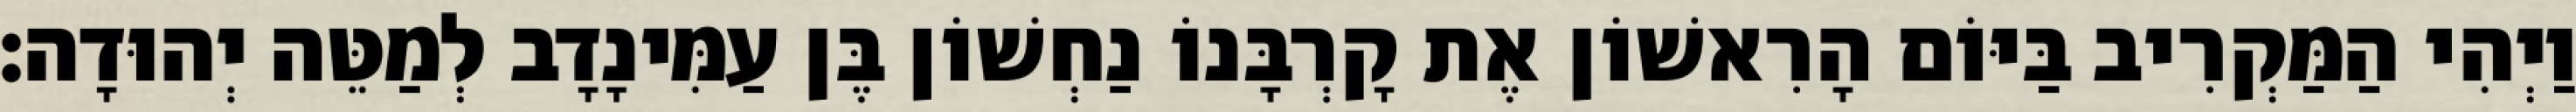
וַיְהִי הַמַּקְרִיב בַּיּוֹם הָרִאשׁוֹן אֶת קָרְבָּנוֹ נַחְשׁוֹן בֶּן עַמִּינָדָב לְמַטֵּה יְהוּדָה׃